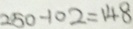
2 5 0 - 1 0 2 = 1 4 8